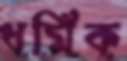
ধর্মিক